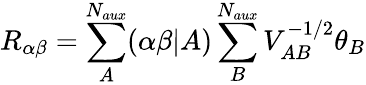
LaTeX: R_{\alpha\beta}=\sum_{A}^{N_{aux}}(\alpha\beta|A)\sum_{B}^{N_{aux}}V_{AB}^{-1/2}\theta_{B}